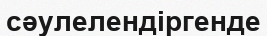
сәулелендіргенде